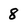
Character: 8